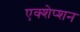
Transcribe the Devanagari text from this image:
एक्शेप्शन